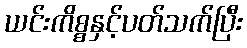
ယင်းကိစ္စနှင့်ပတ်သက်ပြီး